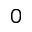
0